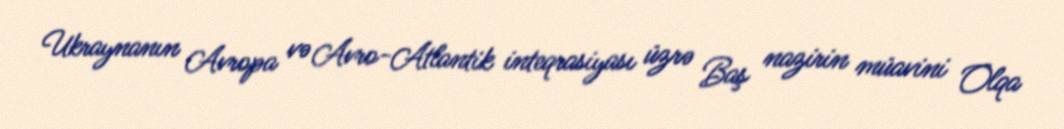
Ukraynanın Avropa və Avro-Atlantik inteqrasiyası üzrə Baş nazirin müavini Olqa